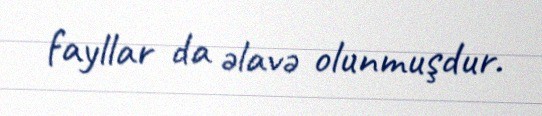
fayllar da əlavə olunmuşdur.